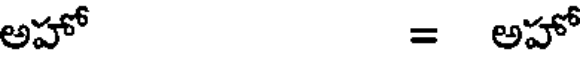
అహో = అహో